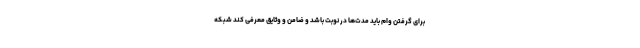
برای گرفتن وام باید مدت‌ها در نوبت باشد و ضامن و وثایق معرفی کند شبکه